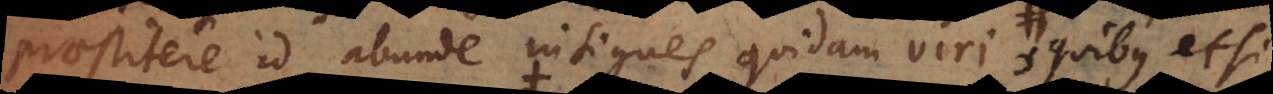
praestitere id abunde insignes quidam viri, ut Origenes,